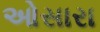
ઓસારા